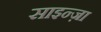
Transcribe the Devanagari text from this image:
साइन्ज़ा